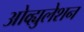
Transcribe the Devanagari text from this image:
ओव्ह्युलेशन